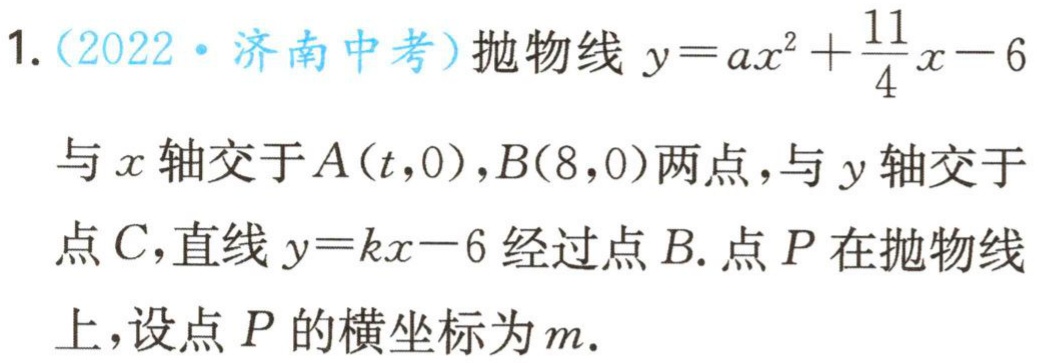
1.（2022·济南中考）抛物线\(y = ax^{2}+\frac{11}{4}x - 6\)与\(x\)轴交于\(A(t,0)\)，\(B(8,0)\)两点，与\(y\)轴交于点\(C\)，直线\(y = kx - 6\)经过点\(B\). 点\(P\)在抛物线上，设点\(P\)的横坐标为\(m\).